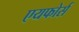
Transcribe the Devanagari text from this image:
एयफोर्स